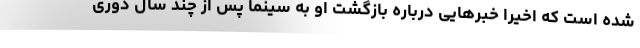
شده است که اخیرا خبرهایی درباره بازگشت او به سینما پس از چند سال دوری